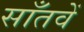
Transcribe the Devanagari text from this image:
साँतवें